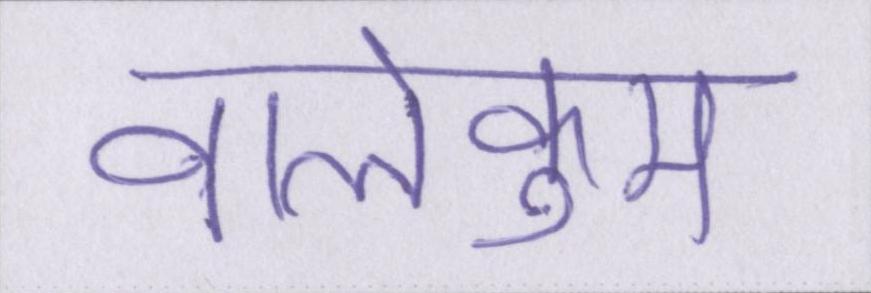
वालेकुम